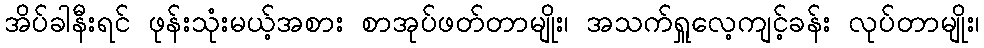
အိပ်ခါနီးရင် ဖုန်းသုံးမယ့်အစား စာအုပ်ဖတ်တာမျိုး၊ အသက်ရှူလေ့ကျင့်ခန်း လုပ်တာမျိုး၊